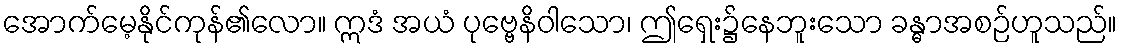
အောက်မေ့နိုင်ကုန်၏လော။ ဣဒံ အယံ ပုဗ္ဗေနိဝါသော၊ ဤရှေး၌နေဘူးသော ခန္ဓာအစဉ်ဟူသည်။